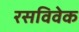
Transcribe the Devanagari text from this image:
रसविवेक